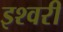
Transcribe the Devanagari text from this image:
इश्वरी